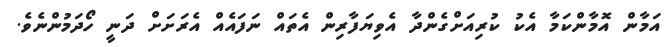
އަމާން އޮމާންކަމާ އެކު ކުރިއަށްގެންދާ އެވިޔަފާރިން އެތައް ނަފައެއް އެރަށަށް ދަނީ ހޯދަމުންނެވެ.